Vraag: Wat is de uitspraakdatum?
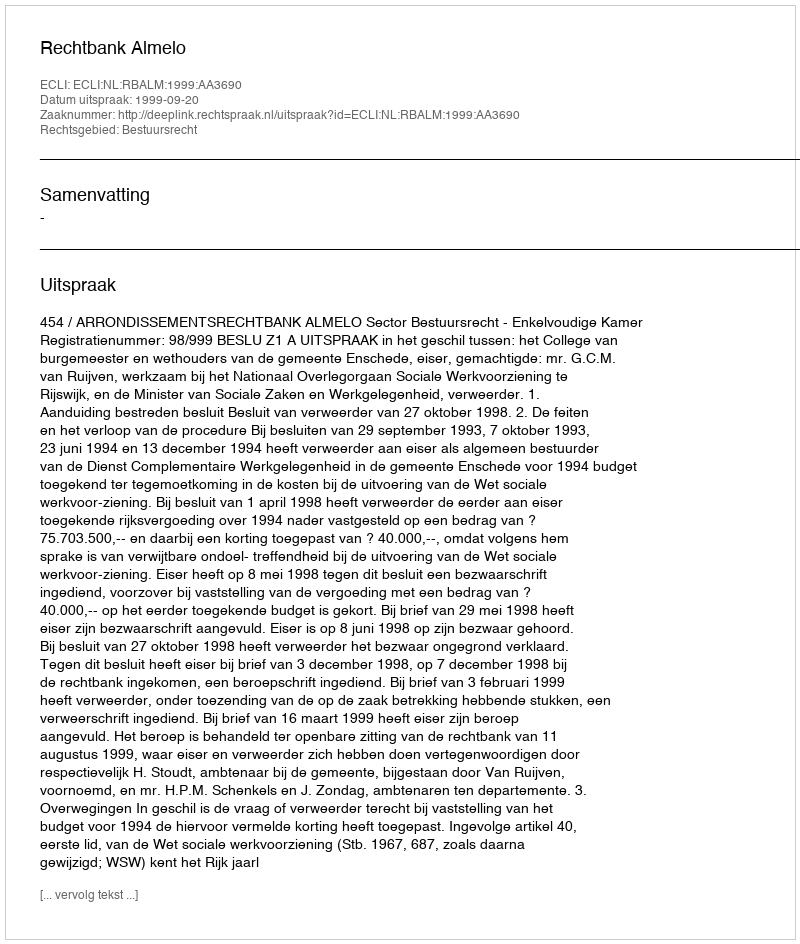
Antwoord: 1999-09-20